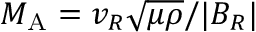
M _ { \mathrm { A } } = v _ { R } \sqrt { \mu \rho } / | B _ { R } |